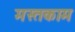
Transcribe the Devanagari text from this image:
मस्तकाम